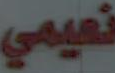
نعيمي